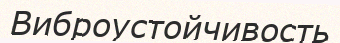
Виброустойчивость